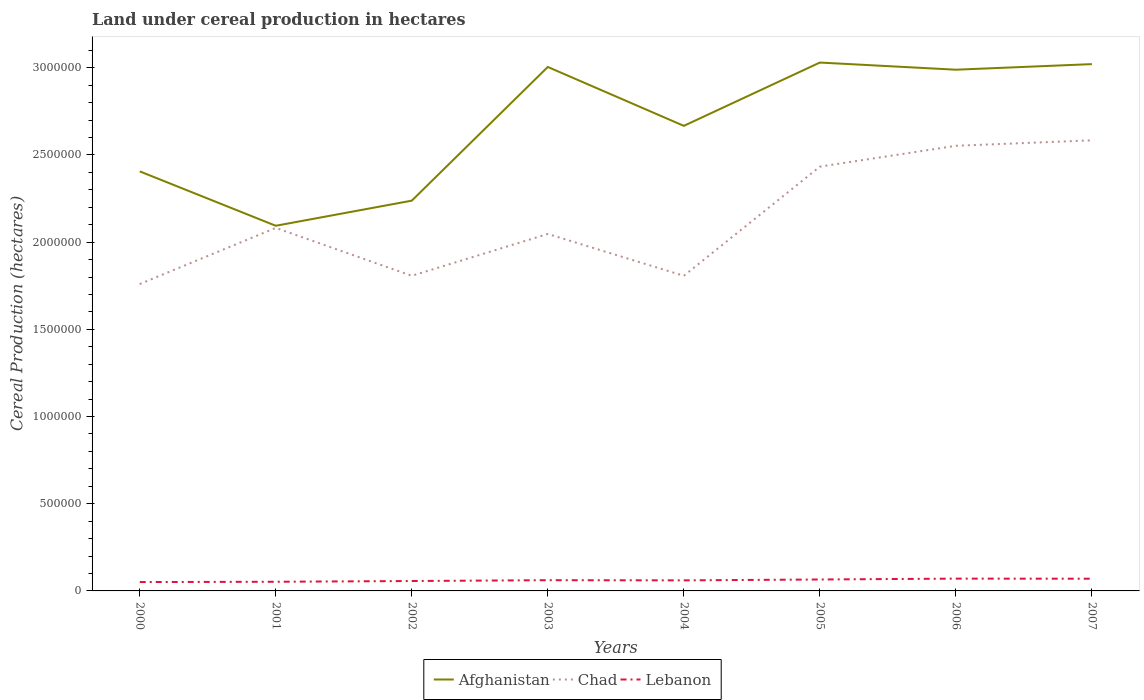
| Years | Afghanistan | Chad | Lebanon |
 | --- | --- | --- | --- |
 | 2000 | 2.41e+06 | 1.76e+06 | 5.08e+04 |
 | 2001 | 2.09e+06 | 2.08e+06 | 5.25e+04 |
 | 2002 | 2.24e+06 | 1.81e+06 | 5.68e+04 |
 | 2003 | 3e+06 | 2.05e+06 | 6.15e+04 |
 | 2004 | 2.67e+06 | 1.81e+06 | 6.05e+04 |
 | 2005 | 3.03e+06 | 2.43e+06 | 6.56e+04 |
 | 2006 | 2.99e+06 | 2.55e+06 | 7.05e+04 |
 | 2007 | 3.02e+06 | 2.58e+06 | 7e+04 |